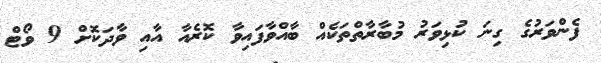
ފެންވަރުގެ ގިނަ ކުޅިވަރު މުބާރާތްތަކެއް ބާއްވާފައިވާ ކޮރެއާ އާއި ވާދަކޮށް 9 ވޯޓް